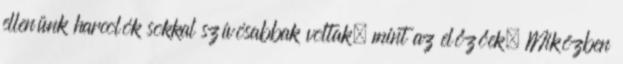
ellenünk harcolók sokkal szívósabbak voltak, mint az előzőek. Miközben